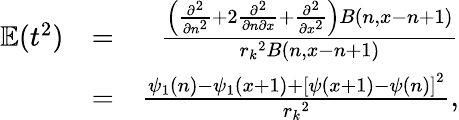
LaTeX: \begin{array}{rlr}{\mathbb{E}(t^{2})}&{=}&{\frac{\Big(\frac{\partial^{2}}{\partial n^{2}}+2\frac{\partial^{2}}{\partial n\partial x}+\frac{\partial^{2}}{\partial x^{2}}\Big)B(n,x-n+1)}{{r_{k}}^{2}B(n,x-n+1)}}\\ &{=}&{\frac{\psi_{1}(n)-\psi_{1}(x+1)+\left[\psi(x+1)-\psi(n)\right]^{2}}{{r_{k}}^{2}},}\end{array}